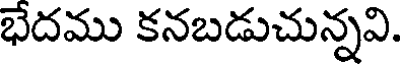
భేదము కనబడుచున్నవి.